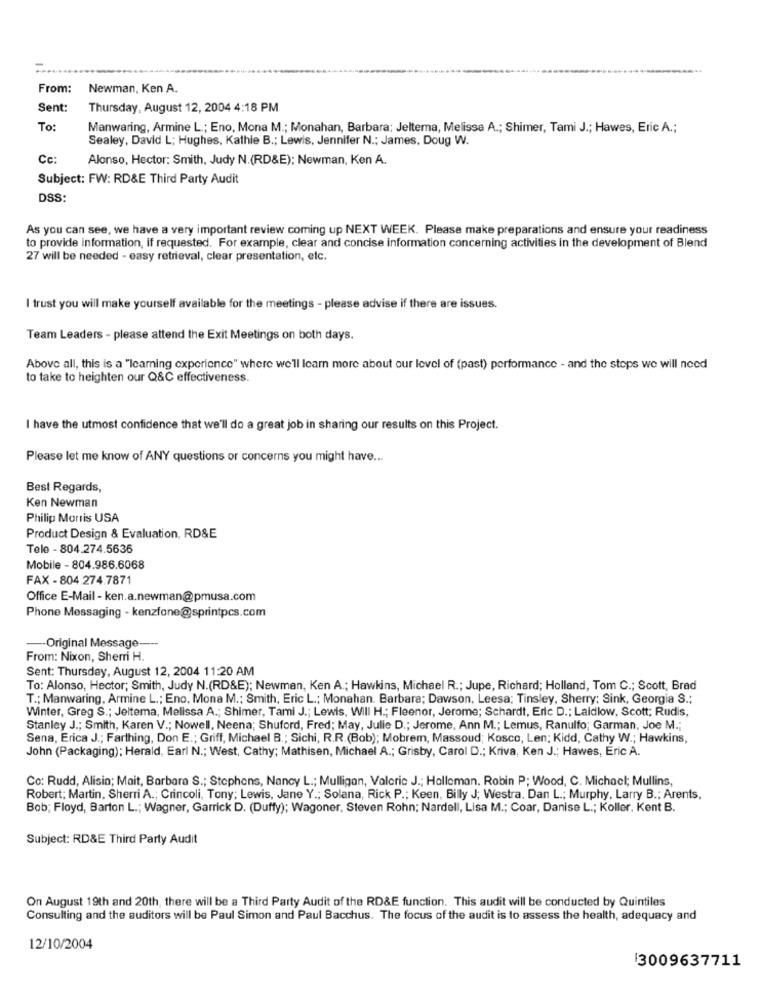
From:
Newman, Ken A.
Sent:
Thursday, August 12, 2004 4:18 PM
To:
Manwaring, Armine L .; Eno, Mona M .; Monahan, Barbara: Jeltema, Melissa A .; Shimer, Tami J .; Hawes, Eric A .;
Sealey, David L; Hughes, Kathie B .; Lewis, Jennifer N .; James, Doug W.
Cc:
Alonso, Hector: Smith, Judy N.(RD&E); Newman, Ken A.
Subject: FW: RD&E Third Party Audit
DSS:
As you can see, we have a very important review coming up NEXT WEEK. Please make preparations and ensure your readiness
to provide information, if requested. For example, clear and concise information concerning activities in the development of Blend
27 will be needed - easy retrieval, clear presentation, etc.
I trust you will make yourself available for the meetings - please advise if there are issues.
Team Leaders - please attend the Exit Meetings on both days.
Above all, this is a "learning experience" where we'll learn more about our level of (past) performance - and the stops we will need
to take to heighten our Q&C effectiveness.
I have the utmost confidence that we'll do a great job in sharing our results on this Project.
Please let me know of ANY questions or concerns you might have ...
Best Regards,
Ken Newman
Philip Morris USA
Product Design & Evaluation, RD&E
Tele - 804.274.5636
Mobile - 804.986.6068
FAX - 804.274.7871
Office E-Mail - ken.a.newman@pmusa.com
Phone Messaging - kenzfone@sprintpcs.com
-- Original Message-
From: Nixon, Sherri H.
Sent: Thursday, August 12, 2004 11:20 AM
To: Alonso, Hector; Smith, Judy N.(RD&E); Newman, Ken A .; Hawkins, Michael R .; Jupe, Richard; Holland, Tom C .; Scott, Brad
T .; Manwaring, Armine L .; Eno. Mona M .; Smith, Eric L .; Monahan. Barbara; Dawson, Leesa; Tinsley, Sherry: Sink, Georgia S .;
Winter, Greg S .; Jeltema, Melissa A .; Shimer, Tami J .; Lewis, Will H .; Fleenor, Jerome; Schardt, Eric D .; Laidlow, Scott; Rudis,
Stanley J .; Smith, Karen V .; Nowell, Neena; Shuford, Fred; May, Julie D .; Jerome, Ann M .; Lemus, Ranulfo; Garman, Joe M .;
Sena, Erica J .; Farthing, Don E .; Griff, Michael B .; Sichi, R.R.(Bob); Mobrem, Massoud; Kosco, Len; Kidd, Cathy W .; Hawkins,
John (Packaging); Herald, Earl N .; West, Cathy; Mathisen, Michael A .; Grisby, Carol D .; Kriva, Ken J .; Hawes, Eric A.
Co: Rudd, Alisia; Mait, Barbara S .; Stephens, Nancy L .; Mulligan, Valerie J .; Halleman. Robin P; Wood, C. Michael; Mullins,
Robert; Martin, Sherri A .; Crincoli, Tony; Lewis, Jane Y .; Solana, Rick P .; Keen, Billy J; Westra. Dan L .; Murphy, Larry B .; Arents,
Bob; Floyd, Barton L .; Wagner, Garrick D. (Duffy); Wagoner. Steven Rohn; Nardell, Lisa M .; Coar, Danise L .; Koller, Kent B.
Subject: RD&E Third Party Audit
On August 19th and 20th, there will be a Third Party Audit of the RD&E function. This audit will be conducted by Quintiles
Consulting and the auditors will be Paul Simon and Paul Bacchus. The focus of the audit is to assess the health, adequacy and
12/10/2004
3009637711